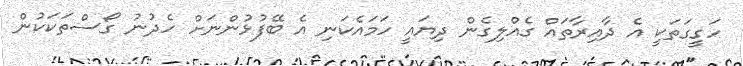
ހަގީގަތަކީ އެ ދާއިރާތައް ގެއްލިގެން ދިޔައީ ހަމައެކަނި އެ ބޭފުޅުންނަށް ހެދުނު ގޯސްތަކަކުން